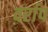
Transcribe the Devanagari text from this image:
वर्राप